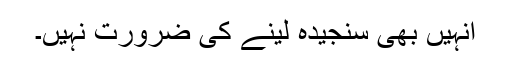
انہیں بھی سنجیدہ لینے کی ضرورت نہیں۔